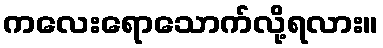
ကလေးရောသောက်လို့ရလား။